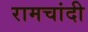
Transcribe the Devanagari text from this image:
रामचांदी